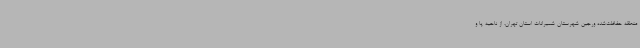
منطقه حفاظت‌شده ورجین شهرستان شمیرانات استان تهران، از ناحیه پا و